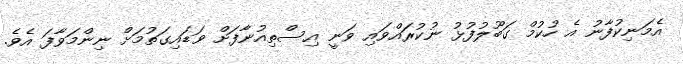
އެމަނިކުފާނު އެ ހުކުމް ގަބޫލުފުޅު ނުކުރައްވައި ވަނީ އިސްތިއުނާފަށް ވަޑައިގަތުމަށް ނިންމަވާފަ އެވެ.